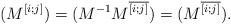
LaTeX: \begin{align*} (M^{[i;j]})=(M^{-1}M^{\overline{[i;j]}})=(M^{\overline{[i;j]}}).\end{align*}